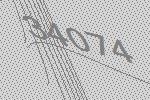
34074